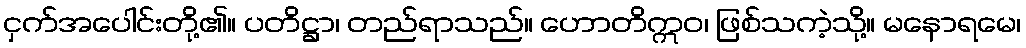
ငှက်အပေါင်းတို့၏။ ပတိဋ္ဌာ၊ တည်ရာသည်။ ဟောတိဣဝ၊ ဖြစ်သကဲ့သို့။ မနောရမေ၊